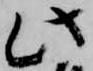
此